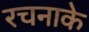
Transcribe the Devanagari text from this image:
रचनाके